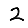
Digit: 2